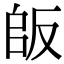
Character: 𠭔